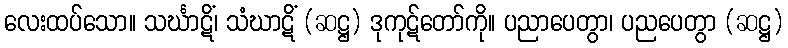
လေးထပ်သော။ သင်္ဃာဋိံ၊ သံဃာဋိံ (ဆဋ္ဌ) ဒုကုဋ်တော်ကို။ ပညာပေတွာ၊ ပညပေတွာ (ဆဋ္ဌ)